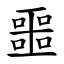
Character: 噩